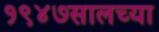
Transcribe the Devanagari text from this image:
१९४७सालच्या